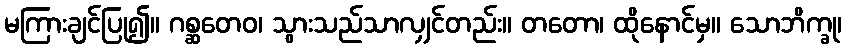
မကြားချင်ပြု၍။ ဂစ္ဆတေဝ၊ သွားသည်သာလျှင်တည်း။ တတော၊ ထိုနောင်မှ။ သောဘိက္ခု၊